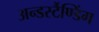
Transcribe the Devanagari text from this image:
अन्डर्स्टैण्डिंग